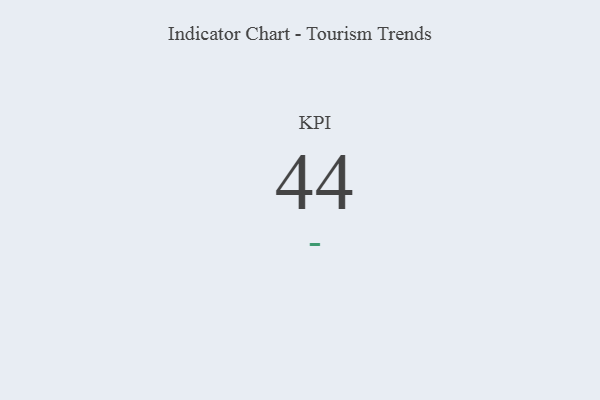
{"axis": {"x": "KPI", "y": "Value"}, "legend": [""], "data": [{"x": "KPI", "y": 44, "type": ""}]}